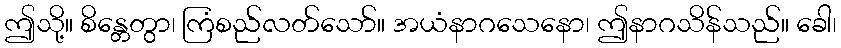
ဤသို့။ စိန္တေတွာ၊ ကြံစည်လတ်သော်။ အယံနာဂသေနော၊ ဤနာဂသိန်သည်။ ခေါ၊